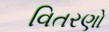
વિતરણો